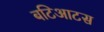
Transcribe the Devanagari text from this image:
बटिआटस